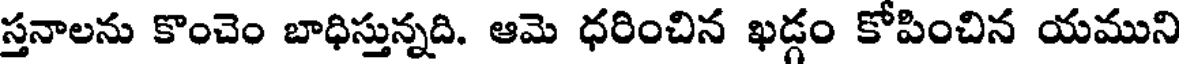
స్తనాలను కొంచెం బాధిస్తున్నది. ఆమె ధరించిన ఖడ్గం కోపించిన యముని